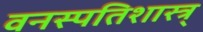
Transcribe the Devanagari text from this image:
वनस्पतिशास्त्र्